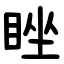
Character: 睉